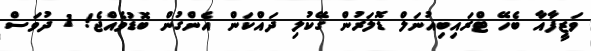
ވަޒީފާއާ ބެހޭ ޓްރައިބިއުނަލް ޑޮލަރުން ގޭކުލި ދައްކަން އެންގުން ބޮޑުވެއްޖެ! 1 ދުވަސް